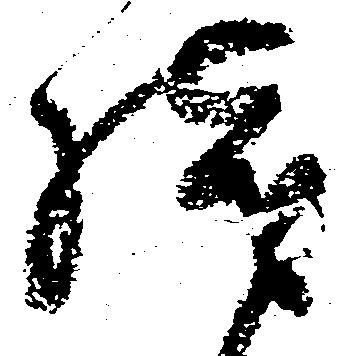
残